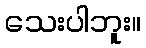
သေးပါဘူး။